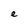
Character: e